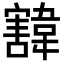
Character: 𩏓